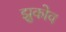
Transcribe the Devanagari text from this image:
झुकोव